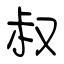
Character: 叔